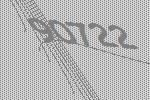
90722